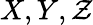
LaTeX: X,Y,\mathcal{Z}